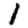
Digit: 1